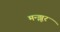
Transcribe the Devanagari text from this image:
मन्झूर